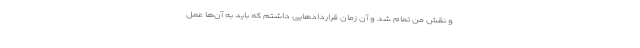
و نقش من تمام شد و آن زمان قراردادهایی داشتم که باید به آن‌ها عمل